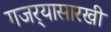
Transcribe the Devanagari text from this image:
गजर्‍यासारखी